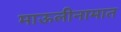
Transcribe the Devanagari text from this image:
माऊलीनामात